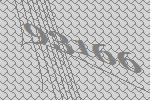
93166